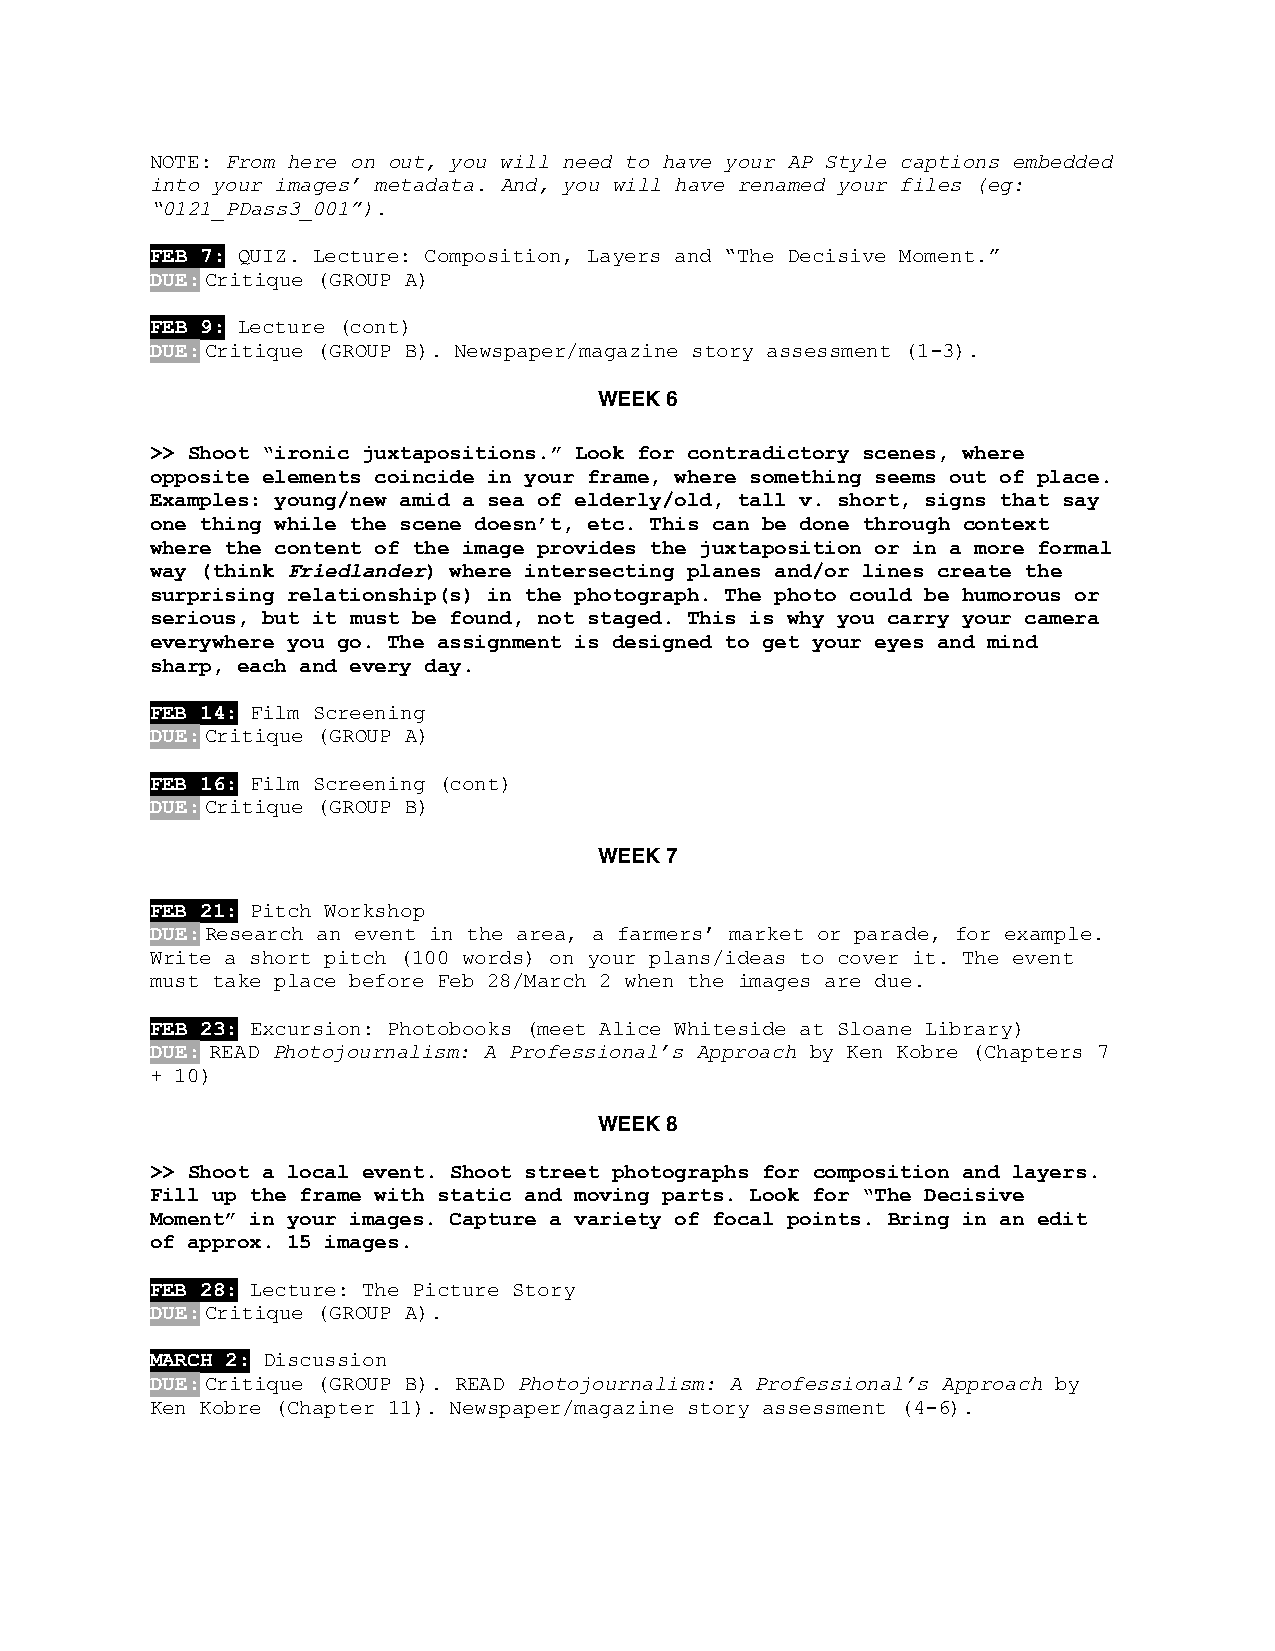
NOTE: From here on out, you will need to have your AP Style captions embedded
 into your images’ metadata. And, you will have renamed your files (eg:
 “0121_PDass3_001”).
 FEB 7: QUIZ. Lecture: Composition, Layers and “The Decisive Moment.”
 DUE: Critique (GROUP A)
 FEB 9: Lecture (cont)
 DUE: Critique (GROUP B). Newspaper/magazine story assessment (1-3).
 WEEK 6
 >> Shoot “ironic juxtapositions.” Look for contradictory scenes, where
 opposite elements coincide in your frame, where something seems out of place.
 Examples: young/new amid a sea of elderly/old, tall v. short, signs that say
 one thing while the scene doesn’t, etc. This can be done through context
 where the content of the image provides the juxtaposition or in a more formal
 way (think Friedlander) where intersecting planes and/or lines create the
 surprising relationship(s) in the photograph. The photo could be humorous or
 serious, but it must be found, not staged. This is why you carry your camera
 everywhere you go. The assignment is designed to get your eyes and mind
 sharp, each and every day.
 FEB 14: Film Screening
 DUE: Critique (GROUP A)
 FEB 16: Film Screening (cont)
 DUE: Critique (GROUP B)
 WEEK 7
 FEB 21: Pitch Workshop
 DUE: Research an event in the area, a farmers’ market or parade, for example.
 Write a short pitch (100 words) on your plans/ideas to cover it. The event
 must take place before Feb 28/March 2 when the images are due.
 FEB 23: Excursion: Photobooks (meet Alice Whiteside at Sloane Library)
 DUE: READ Photojournalism: A Professional’s Approach by Ken Kobre (Chapters 7
 + 10)
 WEEK 8
 >> Shoot a local event. Shoot street photographs for composition and layers.
 Fill up the frame with static and moving parts. Look for “The Decisive
 Moment” in your images. Capture a variety of focal points. Bring in an edit
 of approx. 15 images.
 FEB 28: Lecture: The Picture Story
 DUE: Critique (GROUP A).
 MARCH 2: Discussion
 DUE: Critique (GROUP B). READ Photojournalism: A Professional’s Approach by
 Ken Kobre (Chapter 11). Newspaper/magazine story assessment (4-6).